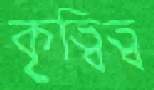
কৃত্বিত্ব